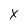
Character: x